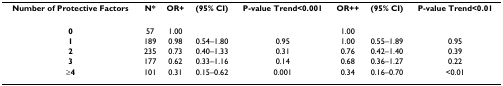
| Number of Protective Factors | N* | OR+ | (95% CI) | P-value Trend<0.001 | OR++ | (95% CI) | P-value Trend<0.01 |
 | --- | --- | --- | --- | --- | --- | --- | --- |
 | 0 | 57 | 1.00 |  |  | 1.00 |  |  |
 | 1 | 189 | 0.98 | 0.54–1.80 | 0.95 | 1.00 | 0.55–1.89 | 0.95 |
 | 2 | 235 | 0.73 | 0.40–1.33 | 0.31 | 0.76 | 0.42–1.40 | 0.39 |
 | 3 | 177 | 0.62 | 0.33–1.16 | 0.14 | 0.68 | 0.36–1.27 | 0.22 |
 | ≥4 | 101 | 0.31 | 0.15–0.62 | 0.001 | 0.34 | 0.16–0.70 | <0.01 |